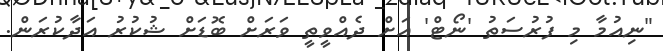
"ނިއުމާ މި ފުރުސަތު 'ނޯޓް' އަށް ދެއްވީތީ ވަރަށް ބޮޑަށް ޝުކުރު އަދާކުރަން.